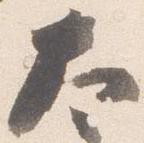
大